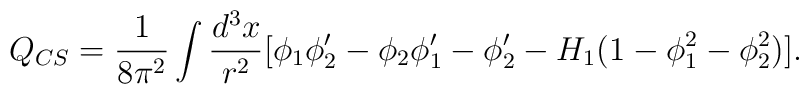
Q_{CS}=\frac{1}{8\pi^2}\int\frac{d^3x}{r^2}[\phi_1\phi_2^{\prime}-\phi_2\phi_1^{\prime} -\phi_2^{\prime}-H_1(1-\phi_1^2-\phi_2^2)].